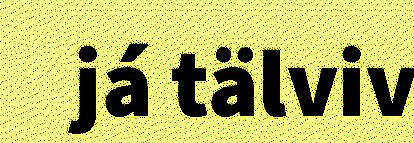
já tälviv